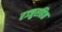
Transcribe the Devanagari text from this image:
रज्जुरहित